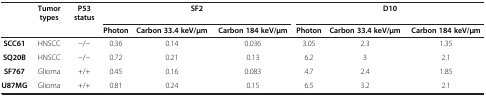
<table><thead><tr><td><b> </b></td><td><b>Tumor types</b></td><td><b>P53 status</b></td><td colspan="3"><b>SF2</b></td><td colspan="3"><b>D10</b></td></tr><tr><td><b> </b></td><td><b> </b></td><td><b> </b></td><td><b>Photon</b></td><td><b>Carbon 33.4 keV/μm</b></td><td><b>Carbon 184 keV/μm</b></td><td><b>Photon</b></td><td><b>Carbon 33.4 keV/μm</b></td><td><b>Carbon 184 keV/μm</b></td></tr></thead><tbody><tr><td><b>SCC61</b></td><td>HNSCC</td><td>−/−</td><td>0.36</td><td>0.14</td><td>0.036</td><td>3.05</td><td>2.3</td><td>1.35</td></tr><tr><td><b>SQ20B</b></td><td>HNSCC</td><td>−/−</td><td>0.72</td><td>0.21</td><td>0.13</td><td>6.2</td><td>3</td><td>2.1</td></tr><tr><td><b>SF767</b></td><td>Glioma</td><td>+/+</td><td>0.45</td><td>0.16</td><td>0.083</td><td>4.7</td><td>2.4</td><td>1.85</td></tr><tr><td><b>U87MG</b></td><td>Glioma</td><td>+/+</td><td>0.81</td><td>0.24</td><td>0.15</td><td>6.5</td><td>3.2</td><td>2.1</td></tr></tbody></table>